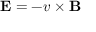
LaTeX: \mathbf { E } = - v \times \mathbf { B }